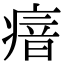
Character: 瘖